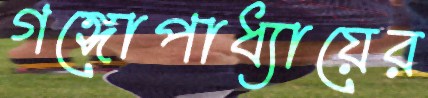
গঙ্গোপাধ্যায়ের